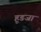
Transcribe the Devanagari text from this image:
हूडजा